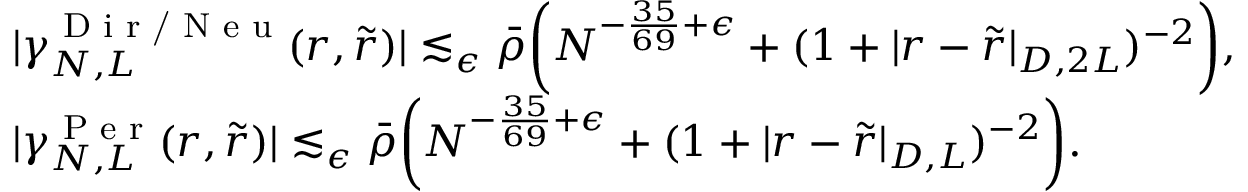
\begin{array} { r l } & { | \gamma _ { N , L } ^ { \textnormal { D i r / N e u } } ( r , \tilde { r } ) | \lesssim _ { \epsilon } \bar { \rho } \biggr ( N ^ { - \frac { 3 5 } { 6 9 } + \epsilon } + ( 1 + | r - \tilde { r } | _ { D , 2 L } ) ^ { - 2 } \biggl ) , } \\ & { | \gamma _ { N , L } ^ { \textnormal { P e r } } ( r , \tilde { r } ) | \lesssim _ { \epsilon } \bar { \rho } \biggr ( N ^ { - \frac { 3 5 } { 6 9 } + \epsilon } + ( 1 + | r - \tilde { r } | _ { D , L } ) ^ { - 2 } \biggl ) . } \end{array}